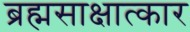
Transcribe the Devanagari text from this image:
ब्रह्मसाक्षात्कार